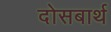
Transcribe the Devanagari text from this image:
दोसबार्थ